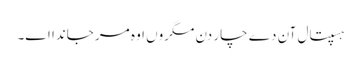
ہسپتال آن دے چار دن مگروں اوہ مر جاندا اے۔